Veterinary regulations India, 1925 -
Year: 1925
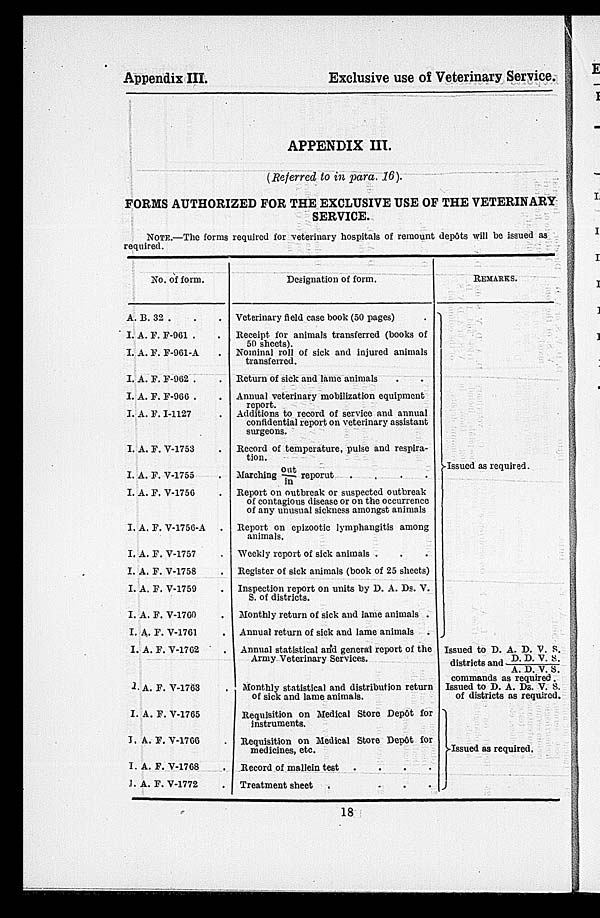
Appendix III.
Exclusive use of Veterinary Service.
APPENDIX III.
(Referred to in para. 16).
FORMS AUTHORIZED FOR THE EXCLUSIVE USE OF THE VETERINARY
SERVICE.
NOTE.—The forms required for veterinary hospitals of remount depôts will be issued as
required.
No. of form.
A. B. 32 . .
I. A. F. F-961 . .
I. A. F. F-961-A .
I. A. F. F-962 . .
I. A. F. F-966 . .
I. A. F. I-1127 .
I. A. F. V-1753 .
I. A. F. V-1755 .
I. A. F. V-1756 .
I. A. F. V-1756-A .
I. A. F. V-1757 .
I. A. F. V-1758 .
I. A. F. V-1759 .
I. A. F. V-1760 .
I. A. F. V-1761 .
I. A. F. V-1762 .
I. A. F. V-1763 .
I. A. F. V-1765
I. A. F. V-1766 .
I. A. F. V-1768 .
I. A. F. V-1772 .
Designation of form.
Veterinary field case book (50 pages) .
Receipt for animals transferred (books of
50 sheets).
Nominal roll of sick and injured animals
transferred.
Return of sick and lame animals . .
Annual veterinary mobilization equipment
Additions to record of service and annual
confidential report on veterinary assistant
surgeons.
Record of temperature, pulse and respira-
tion.
Marching out/in reporut
.
.
.
.
Report on outbreak or suspected outbreak
of contagions disease or on the occurrence
of any unusual sickness amongst animals
Report on epizootic lymphangitis among
animals.
Weekly report of sick animals . . .
Register of sick animals (book of 25 sheets)
Inspection report on units by D. A. Ds. V.
S. of districts.
Monthly return of sick and lame animals .
Annual return of sick and lame animals .
Annual statistical and general report of the
Army Veterinary Services.
Monthly statistical and distribution return
of sick and lame animals.
Requisition on Medical Store Depôt for
instruments.
Requisition on Medical Store Depôt for
medicines, etc.
Record of mallein test .
.
.
.
Treatment sheet
.
.
.
.
REMARKS.
Issued as required.
Issued to D. A. D. V. S.
districts and D. D. V. S.
A. D. V. S.
commands as required.
Issued to D. A. Da. V. 8.
of districts as required.
Issued as required.
18